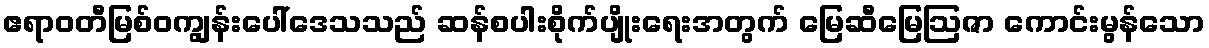
ဧရာဝတီမြစ်ဝကျွန်းပေါ်ဒေသသည် ဆန်စပါးစိုက်ပျိုးရေးအတွက် မြေဆီမြေဩဇာ ကောင်းမွန်သော